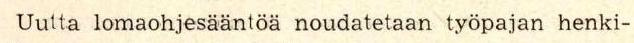
Uutta lomaohjesääntöä noudatetaan työpajan henki-